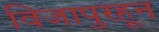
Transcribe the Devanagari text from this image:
विजापुरहून